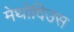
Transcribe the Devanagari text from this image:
मेथोदिउस